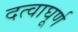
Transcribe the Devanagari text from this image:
दत्वाघूर्ण